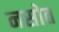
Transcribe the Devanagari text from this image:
नसोत